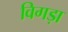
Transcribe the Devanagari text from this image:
विगड़ा